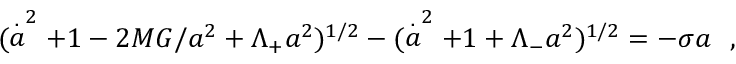
( \stackrel { . } { a } ^ { 2 } + 1 - 2 M G / a ^ { 2 } + \Lambda _ { + } a ^ { 2 } ) ^ { 1 / 2 } - ( \stackrel { . } { a } ^ { 2 } + 1 + \Lambda _ { - } a ^ { 2 } ) ^ { 1 / 2 } = - \sigma a ~ ~ ,